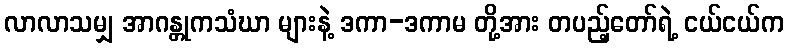
လာလာသမျှ အာဂန္တုကသံဃာ များနဲ့ ဒကာ-ဒကာမ တို့အား တပည့်တော်ရဲ့ ငယ်ငယ်က